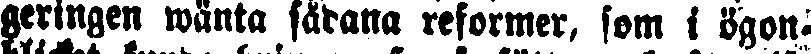
gerigen wänta sådana reformer, som i ögon-